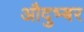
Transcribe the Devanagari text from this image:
औदुभ्बर